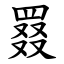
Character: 罬